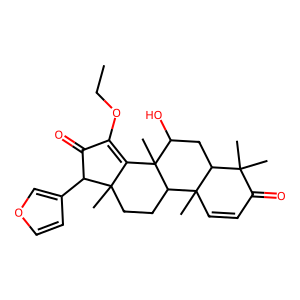
SMILES: CCOC1=C2C(C)(CCC3C4(C)C=CC(=O)C(C)(C)C4CC(O)C23C)C(c2ccoc2)C1=O
Inhibits HIV replication: No